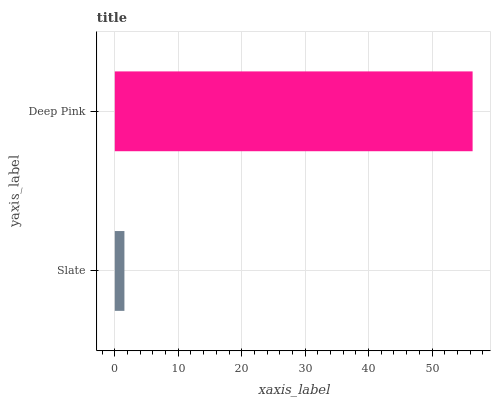
| yaxis_label | bars |
 | --- | --- |
 | Slate | 1.52 |
 | Deep Pink | 56.4 |